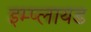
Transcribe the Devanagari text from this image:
इम्प्लायड